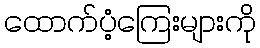
ထောက်ပံ့ကြေးများကို